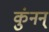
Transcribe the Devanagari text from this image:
कुंनन्